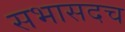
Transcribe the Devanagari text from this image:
सभासदच